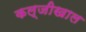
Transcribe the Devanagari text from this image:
कल्जीखाल